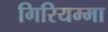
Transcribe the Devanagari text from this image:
गिरियम्मा